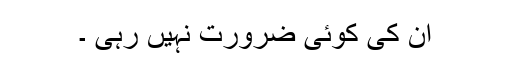
اُن کی کوئی ضرورت نہیں رہی ۔